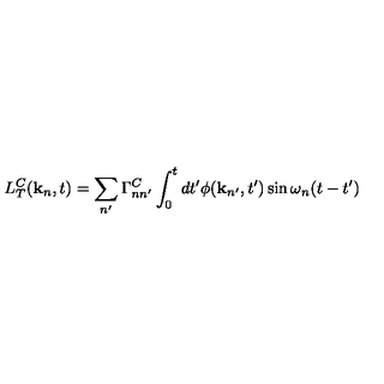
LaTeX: L _ { T } ^ { C } ( { \bf k } _ { n } , t ) = \sum _ { n ^ { \prime } } \Gamma _ { n n ^ { \prime } } ^ { C } \int _ { 0 } ^ { t } d t ^ { \prime } \phi ( { \bf k } _ { n ^ { \prime } } , t ^ { \prime } ) \sin \omega _ { n } ( t - t ^ { \prime } )